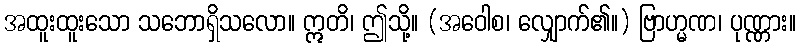
အထူးထူးသော သဘောရှိသလော။ ဣတိ၊ ဤသို့။ (အဝေါစ၊ လျှောက်၏။) ဗြာဟ္မဏ၊ ပုဏ္ဏား။